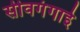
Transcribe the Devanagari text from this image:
सीवगंगाई